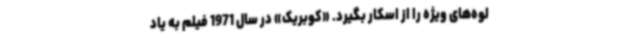
لوه‌های ویژه را از اسکار بگیرد. «کوبریک» در سال 1971 فیلم به ‌یاد